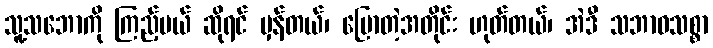
သူ့သဘောကို ကြည့်မယ် ဆိုရင် မှန်တယ်၊ ပြောတဲ့အတိုင်း ဟုတ်တယ်၊ အဲဒီ သဘာဝသစ္စာ